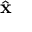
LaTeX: \hat { \mathbf { x } }